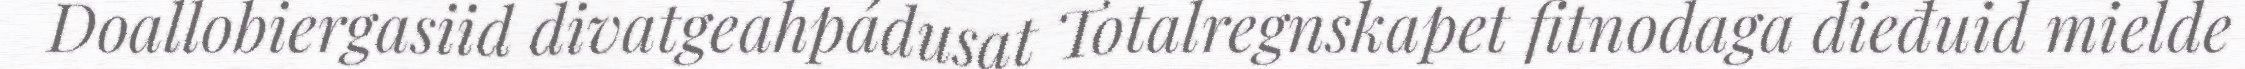
Doallobiergasiid divatgeahpádusat Totalregnskapet fitnodaga dieđuid mielde